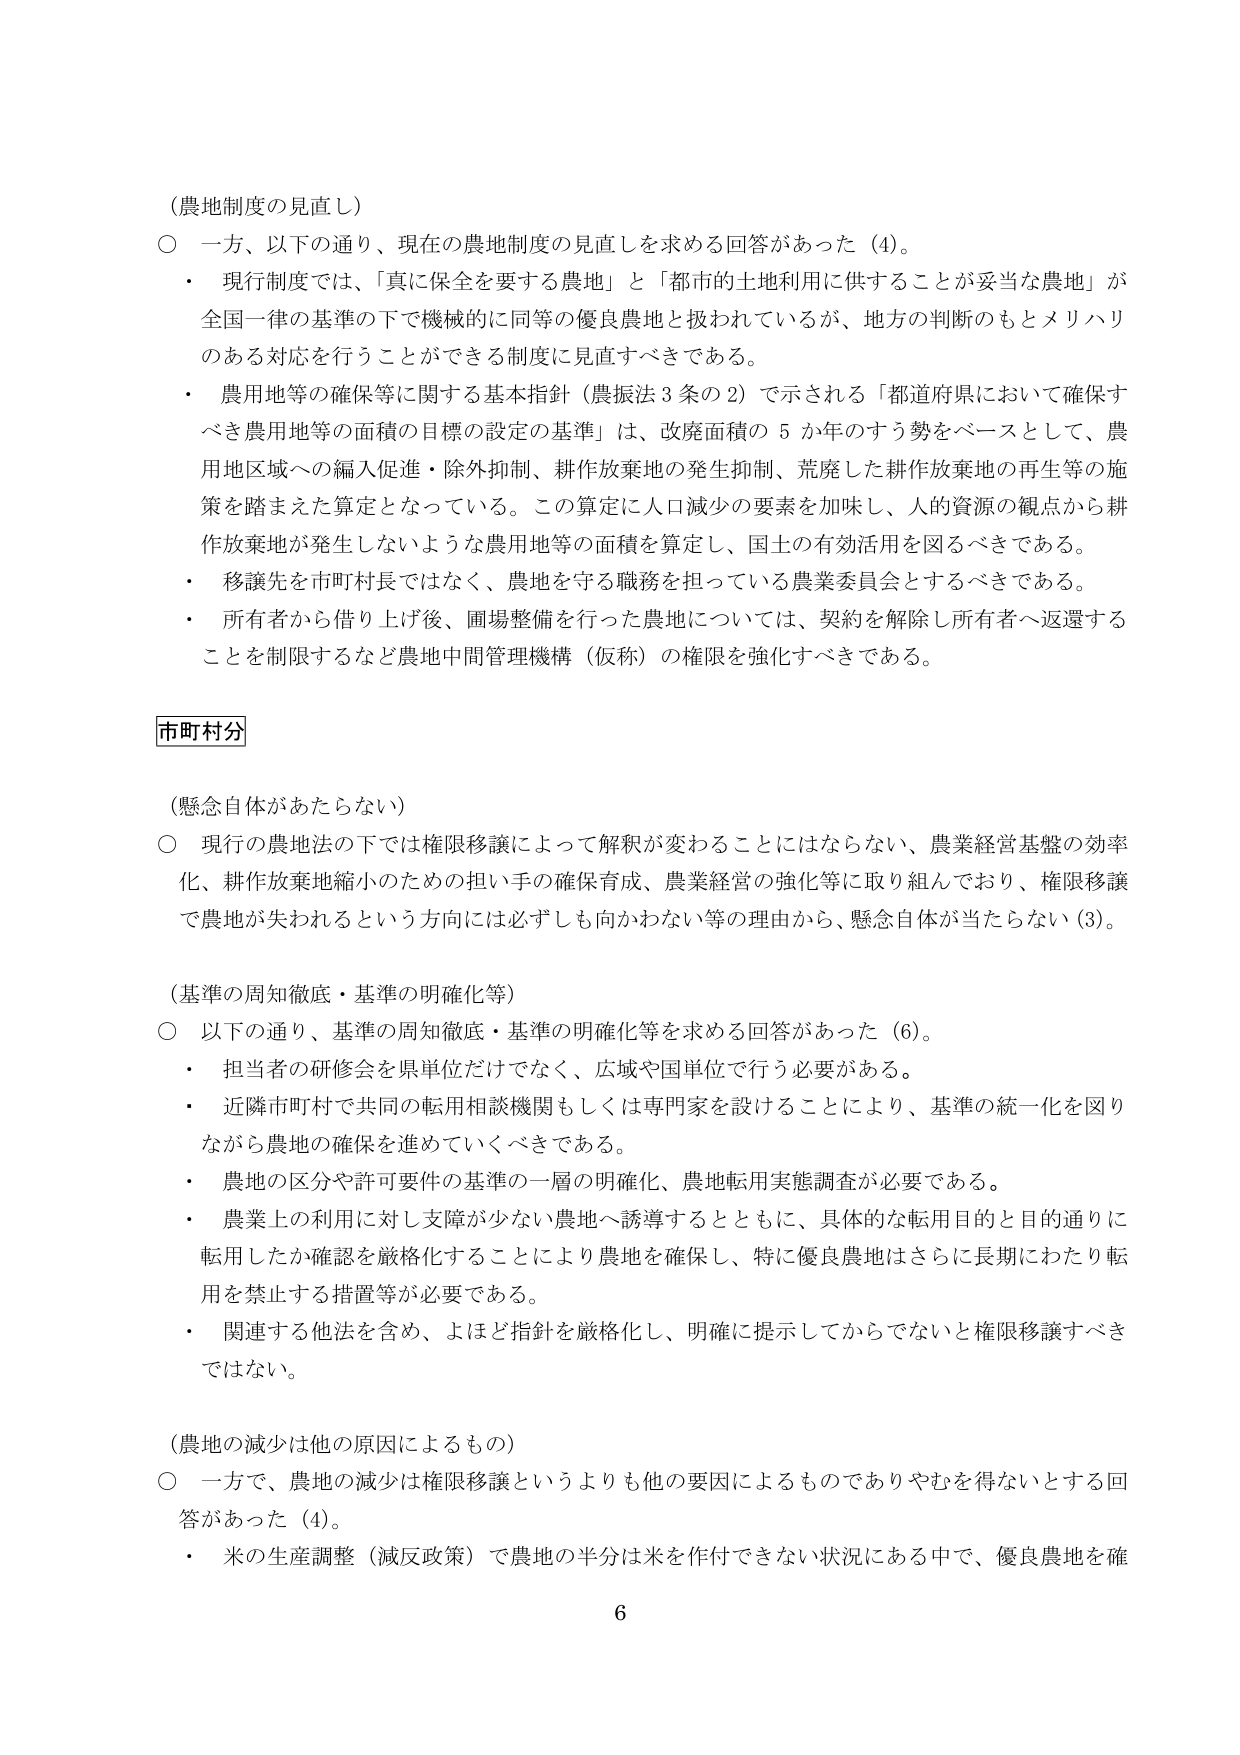
（農地制度の見直し）
○ 一方、以下の通り、現在の農地制度の見直しを求める回答があった（4）。
・ 現行制度では、「真に保全を要する農地」と「都市的土地利用に供することが妥当な農地」が全国一律の基準の下で機械的に同等の優良農地と扱われているが、地方の判断のもとメリハリのある対応を行うことができる制度に見直すべきである。
・ 農用地等の確保等に関する基本指針（農振法3条の2）で示される「都道府県において確保すべき農用地等の面積の目標の設定の基準」は、改廃面積の5か年のすら勢をベースとして、農用地区域への編入促進・除外抑制、耕作放棄地の発生抑制、荒廃した耕作放棄地の再生等の施策を踏まえた算定となっている。この算定に人口減少の要素を加味し、人的資源の観点から耕作放棄地が発生しないような農用地等の面積を算定し、国土の有効活用を図るべきである。
・ 移譲先を市町村長ではなく、農地を守る職務を担っている農業委員会とするべきである。
・ 所有者から借り上げ後、圃場整備を行った農地については、契約を解除し所有者へ返還することを制限するなど農地中間管理機構（仮称）の権限を強化すべきである。

市町村分

（懸念自体があたらない）
○ 現行の農地法の下では権限移譲によって解釈が変わることにはならない、農業経営基盤の効率化、耕作放棄地縮小のための担い手の確保育成、農業経営の強化等に取り組んでおり、権限移譲で農地が失われるという方向には必ずしも向かわない等の理由から、懸念自体が当たらない（3）。

（基準の周知徹底・基準の明確化等）
○ 以下の通り、基準の周知徹底・基準の明確化等を求める回答があった（6）。
・ 担当者の研修会を県単位だけでなく、広域や国単位で行う必要がある。
・ 近隣市町村で共同の転用相談機関もしくは専門家を設けることにより、基準の統一化を図りながら農地の確保を進めていくべきである。
・ 農地の区分や許可要件の基準の一層の明確化、農地転用実態調査が必要である。
・ 農業上の利用に対し支障が少ない農地へ誘導するとともに、具体的な転用目的と目的通りに転用したか確認を厳格化することにより農地を確保し、特に優良農地はさらに長期にわたり転用を禁止する措置等が必要である。
・ 関連する他法を含め、よほど指針を厳格化し、明確に提示してからでないと権限移譲すべきではない。

（農地の減少は他の原因によるもの）
○ 一方で、農地の減少は権限移譲というよりも他の要因によるものでありやむを得ないとする回答があった（4）。
・ 米の生産調整（減反政策）で農地の半分は米を作付できない状況にある中で、優良農地を確

6